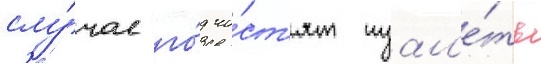
слу́чае го́д чи́ст'ят туал'е́ты